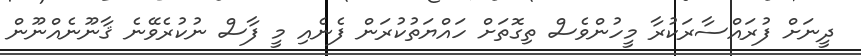
ދީނަށް ފުރައްސާރަކުރާ މީހުންވެސް ތިގޮތަށް ހައްޔަތުކުރަން ފެނެއި މީ ފާސް ނުކުރެވޭނެ ޤާނޫނެއްނޫން